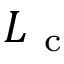
L _ { \mathrm { ~ c ~ } }